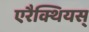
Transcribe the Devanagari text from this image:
एरैक्थियस्‌